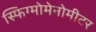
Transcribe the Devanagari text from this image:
स्फिग्मोमेनोमीटर